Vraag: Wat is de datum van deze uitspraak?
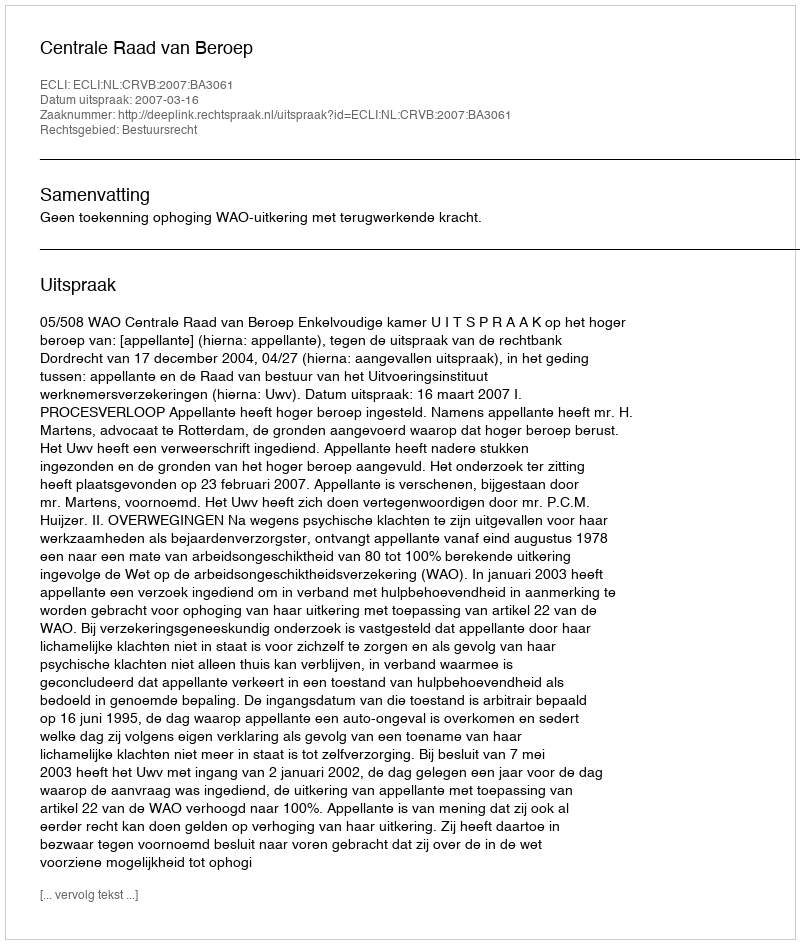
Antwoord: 2007-03-16